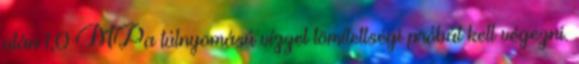
után 1,0 MPa túlnyomású vízzel tömítettségi próbát kell végezni.